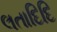
લતાદિદિ